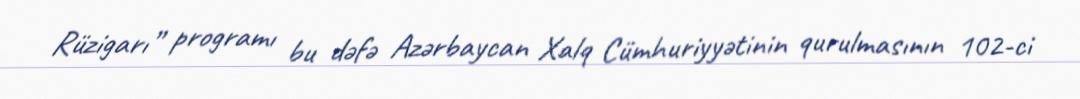
Rüzigarı” programı bu dəfə Azərbaycan Xalq Cümhuriyyətinin qurulmasının 102-ci